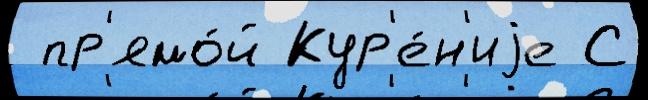
 пр'ямо́й Кур'е́н'иjе С